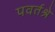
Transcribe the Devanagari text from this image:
पवर्तश्रे